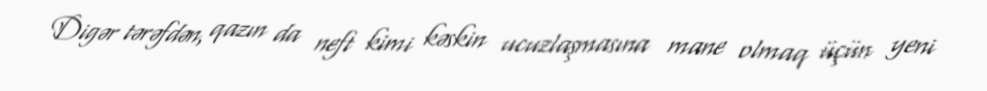
Digər tərəfdən, qazın da neft kimi kəskin ucuzlaşmasına mane olmaq üçün yeni